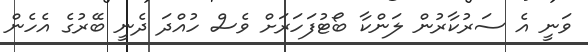
ވަނީ އެ ސަރުކާރުން ލަންކާ ބޯޓުފަހަރަށް ވެސް ހުއްދަ ދެނީ ބޭރުގެ އެހެން